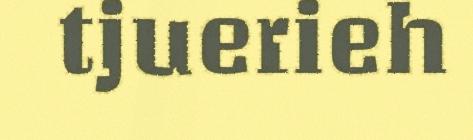
tjuerieh